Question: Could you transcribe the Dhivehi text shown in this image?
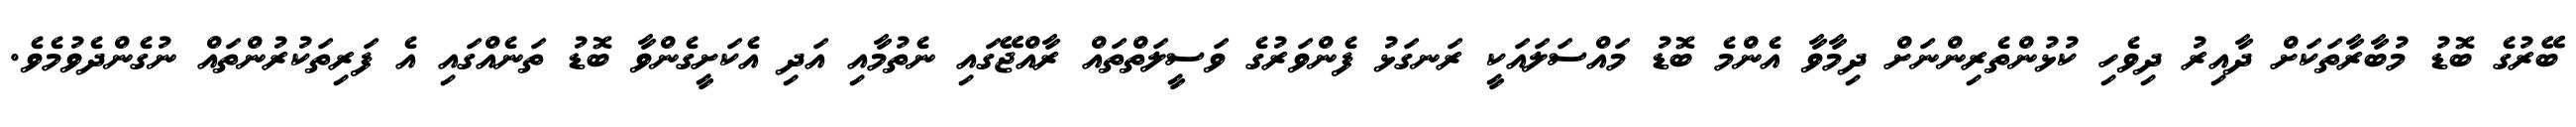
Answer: ބޭރުގެ ބޮޑު މުބާރާތަކަށް ދާއިރު ދިވެހި ކުޅުންތެރިންނަށް ދިމާވާ އެންމެ ބޮޑު މައްސަލައަކީ ރަނގަޅު ފެންވަރުގެ ވަސީލަތްތައް ރާއްޖޭގައި ނެތުމާއި އަދި އެކަށީގެންވާ ބޮޑު ތަނެއްގައި އެ ފަރިތަކުރުންތައް ނުގެންދެވުމެވެ.